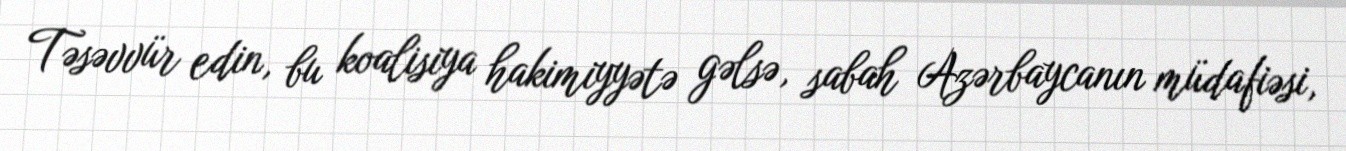
Təsəvvür edin, bu koalisiya hakimiyyətə gəlsə, sabah Azərbaycanın müdafiəsi,